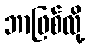
ဘာဖြစ်လို့